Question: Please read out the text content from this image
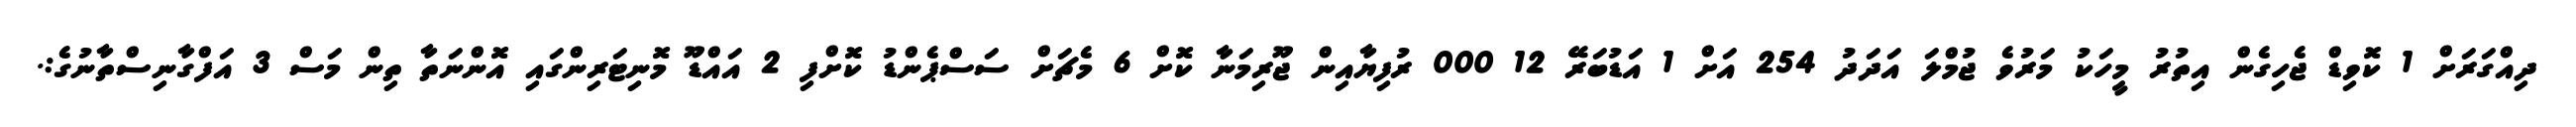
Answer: ދިއްގަރަށް 1 ކޮވިޑް ޖެހިގެން އިތުރު މީހަކު މަރުވެ ޖުމްލަ އަދަދު 254 އަށް 1 އަޑުބަރޭ 12 000 ރުފިޔާއިން ޖޫރިމަނާ ކޮށް 6 މެޗަށް ސަސްޕެންޑު ކޮށްފި 2 އައްޑޫ މޮނިޓަރިންގައި އޮންނަތާ ތިން މަސް 3 އަފްގާނިސްތާނުގެ:.